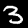
Label: 3